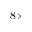
8 \times